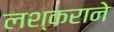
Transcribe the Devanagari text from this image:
लश्कराने